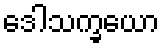
ဒေါသက္ခယော